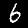
Label: 6